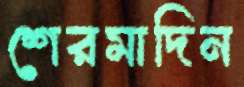
শেরমাদিন